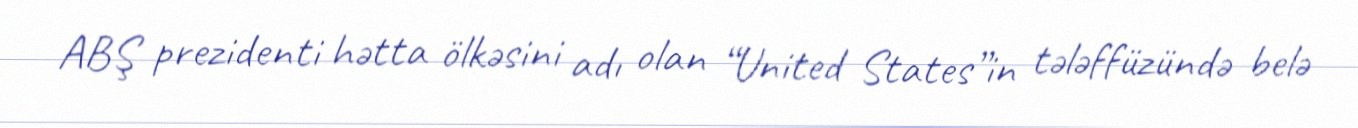
ABŞ prezidenti hətta ölkəsini adı olan “United States”in tələffüzündə belə